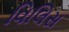
વિલિસ